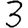
Digit: 3